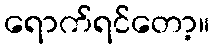
ရောက်ရင်တော့။